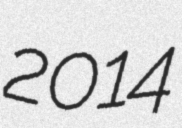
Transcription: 2014